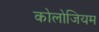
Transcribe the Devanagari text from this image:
कोलोजियम